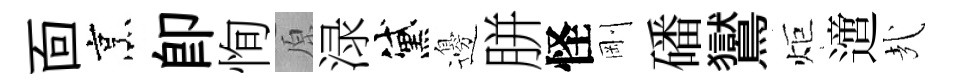
靣烹即恂原渌黛邊胼怪剛磻鸑炬𨗁㢤